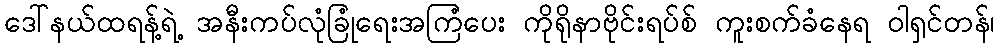
ဒေါ်နယ်ထရန့်ရဲ့ အနီးကပ်လုံခြုံရေးအကြံပေး ကိုရိုနာဗိုင်းရပ်စ် ကူးစက်ခံနေရ ဝါရှင်တန်၊